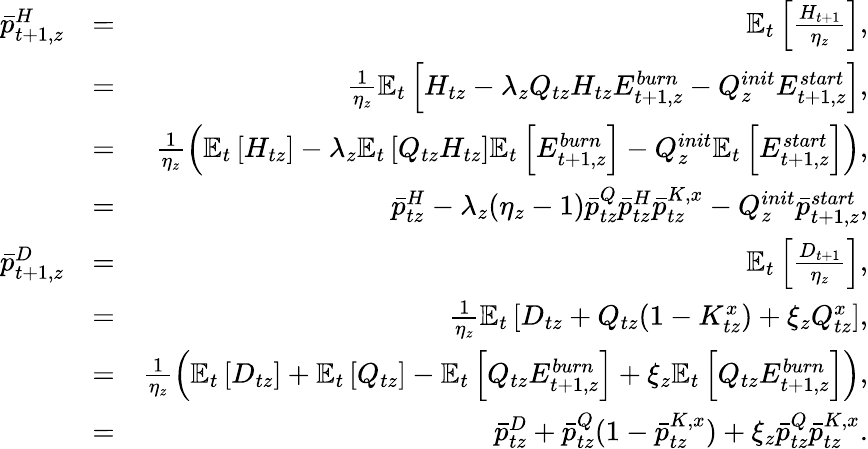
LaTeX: \begin{array}{rlr}{\bar{p}_{t+1,z}^{H}}&{=}&{\mathbb{E}_{t}\left[\frac{H_{t+1}}{\eta_{z}}\right],}\\ &{=}&{\frac{1}{\eta_{z}}\mathbb{E}_{t}\left[H_{tz}-\lambda_{z}Q_{tz}H_{tz}E_{t+1,z}^{burn}-Q_{z}^{init}E_{t+1,z}^{start}\right],}\\ &{=}&{\frac{1}{\eta_{z}}\left(\mathbb{E}_{t}\left[H_{tz}\right]-\lambda_{z}\mathbb{E}_{t}\left[Q_{tz}H_{tz}\right]\mathbb{E}_{t}\left[E_{t+1,z}^{burn}\right]-Q_{z}^{init}\mathbb{E}_{t}\left[E_{t+1,z}^{start}\right]\right),}\\ &{=}&{\bar{p}_{tz}^{H}-\lambda_{z}(\eta_{z}-1)\bar{p}_{tz}^{Q}\bar{p}_{tz}^{H}\bar{p}_{tz}^{K,x}-Q_{z}^{init}\bar{p}_{t+1,z}^{start},}\\ {\bar{p}_{t+1,z}^{D}}&{=}&{\mathbb{E}_{t}\left[\frac{D_{t+1}}{\eta_{z}}\right],}\\ &{=}&{\frac{1}{\eta_{z}}\mathbb{E}_{t}\left[D_{tz}+Q_{tz}(1-K_{tz}^{x})+\xi_{z}Q_{tz}^{x}\right],}\\ &{=}&{\frac{1}{\eta_{z}}\left(\mathbb{E}_{t}\left[D_{tz}\right]+\mathbb{E}_{t}\left[Q_{tz}\right]-\mathbb{E}_{t}\left[Q_{tz}E_{t+1,z}^{burn}\right]+\xi_{z}\mathbb{E}_{t}\left[Q_{tz}E_{t+1,z}^{burn}\right]\right),}\\ &{=}&{\bar{p}_{tz}^{D}+\bar{p}_{tz}^{Q}(1-\bar{p}_{tz}^{K,x})+\xi_{z}\bar{p}_{tz}^{Q}\bar{p}_{tz}^{K,x}.}\end{array}